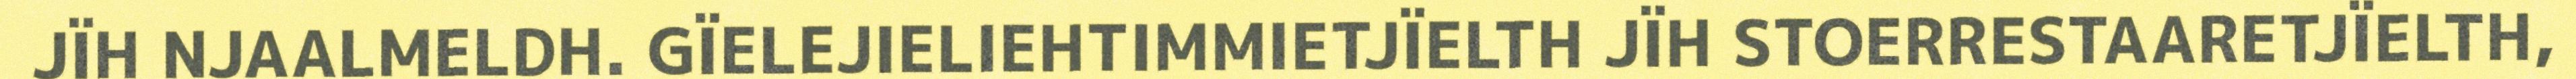
JÏH NJAALMELDH. GÏELEJIELIEHTIMMIETJÏELTH JÏH STOERRESTAARETJÏELTH,